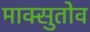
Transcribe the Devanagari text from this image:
माक्सुतोव